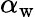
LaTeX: \alpha_{\mathrm{w}}